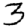
Digit: 3